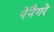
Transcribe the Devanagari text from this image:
पेनैगरे